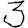
Digit: 3